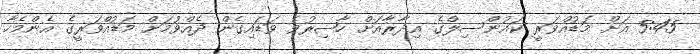
5:45 އަށް މަޑުއްވަރީ ކައުންސިލްގެ އިދާރާއަށް ހާޟިރުވެ ވަޑައިގެން ދެއްވުމަށް މަޑުއްވަރީގެ އެންމެހާ